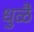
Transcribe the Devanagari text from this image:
धुळै